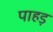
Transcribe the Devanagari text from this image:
पाहड़